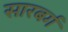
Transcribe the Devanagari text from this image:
सारबर्ग